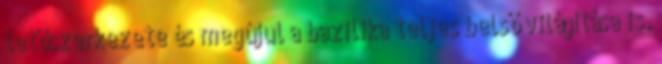
tetőszerkezete és megújul a bazilika teljes belső világítása is.